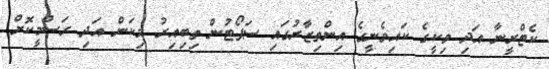
ކެޓްރީނާ އަދި ވިކީގެ ކައިވެނީގެ އިންތިޒާރުގައި ސަޕޯޓުން ތިބިއިރު މިކަން އަދި ރަސްމީކޮށް